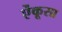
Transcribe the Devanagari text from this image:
ऐंकूसा